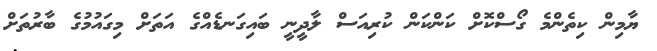
ޔާމިން ކިތެންމެ ގޯސްކޮށް ކަންކަން ކުރިއަސް ލާދީނީ ބައިގަނޑެއްގެ އަތަށް މިގައުމުގެ ބާރުތަށް